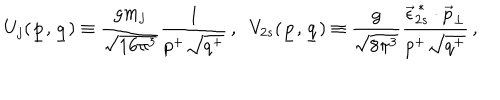
U _ { j } ( \underline { { { p } } } , \underline { { { q } } } ) \equiv \frac { g m _ { j } } { \sqrt { 1 6 \pi ^ { 3 } } } \frac { 1 } { p ^ { + } \sqrt { q ^ { + } } } \, , \; \; V _ { 2 s } ( \underline { { { p } } } , \underline { { { q } } } ) \equiv \frac { g } { \sqrt { 8 \pi ^ { 3 } } } \frac { \vec { \epsilon } _ { 2 s } ^ { \, * } \cdot \vec { p } _ { \perp } } { p ^ { + } \sqrt { q ^ { + } } } \, ,